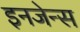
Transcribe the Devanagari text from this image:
इनजेन्स